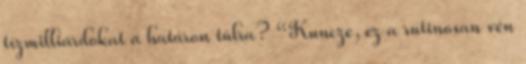
tízmilliárdokat a határon túlra? “Kuncze, ez a rutinosan vén